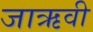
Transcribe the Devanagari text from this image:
जाऋवी